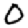
Digit: 0